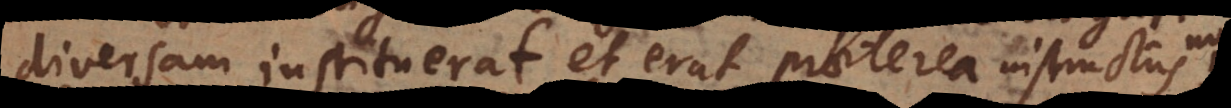
am instituerat, et erat praeterea instructus no